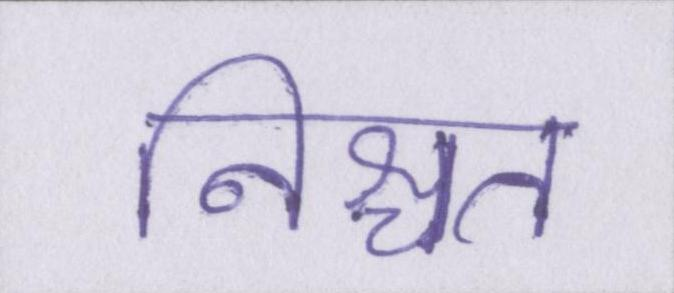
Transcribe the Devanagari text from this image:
निश्चत